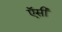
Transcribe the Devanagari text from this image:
ऍसी